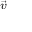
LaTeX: \scriptstyle { \vec { v } }